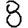
Digit: 8